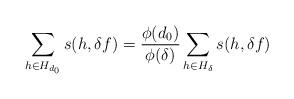
LaTeX: \begin{align*}\sum_{h\in H_{d_0}}s(h,\delta f)=\frac{\phi(d_0)}{\phi(\delta)}\sum_{h\in H_{\delta}}s(h,\delta f)\end{align*}